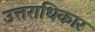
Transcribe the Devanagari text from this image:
उत्तराधिकार